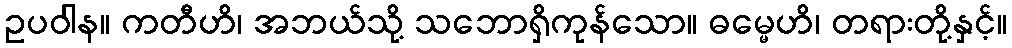
ဥပဝါန။ ကတီဟိ၊ အဘယ်သို့ သဘောရှိကုန်သော။ ဓမ္မေဟိ၊ တရားတို့နှင့်။